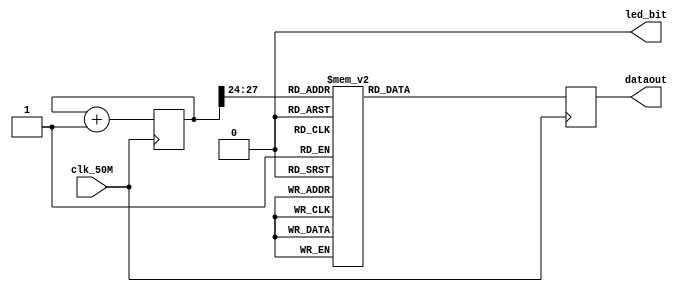
module SMG_LED (clk_50M,led_bit,dataout);

input clk_50M;      //????50M?? ?17????
output [7:0] dataout;   //??????7?????
output led_bit;         //??????????????

reg [7:0] dataout;
reg       led_bit;  
reg [27:0] count; //?????

 always led_bit <= 'b0; //??????????????
//?????
always @ ( posedge clk_50M )
 begin
  count<=count+1;  //?????
 end

always @ ( posedge clk_50M )
 begin
  case ( count[27:24] )
  //  case ( count[27:24] )???????????,
  //  ?? count[27:24] ???????????????????
  //  ???????
  //  ????????0?F
  0: dataout<=8'b11000000;  //???????0???
  1: dataout<=8'b11111001;
  2: dataout<=8'b10100100;  //???????2???
  3: dataout<=8'b10110000;
  4: dataout<=8'b10011001;
  5: dataout<=8'b10010010;  
  6: dataout<=8'b10000010; 
  7: dataout<=8'b11111000;
  8: dataout<=8'b10000000;
  9: dataout<=8'b10010000;
  10:dataout<=8'b10001000;
  11:dataout<=8'b10000011;
  12:dataout<=8'b11000110;
  13:dataout<=8'b10100001;
  14:dataout<=8'b10000110;
  15:dataout<=8'b10001110;  //???????F???
  endcase
 end
endmodule